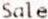
SALE